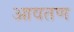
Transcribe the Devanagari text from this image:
आवतण